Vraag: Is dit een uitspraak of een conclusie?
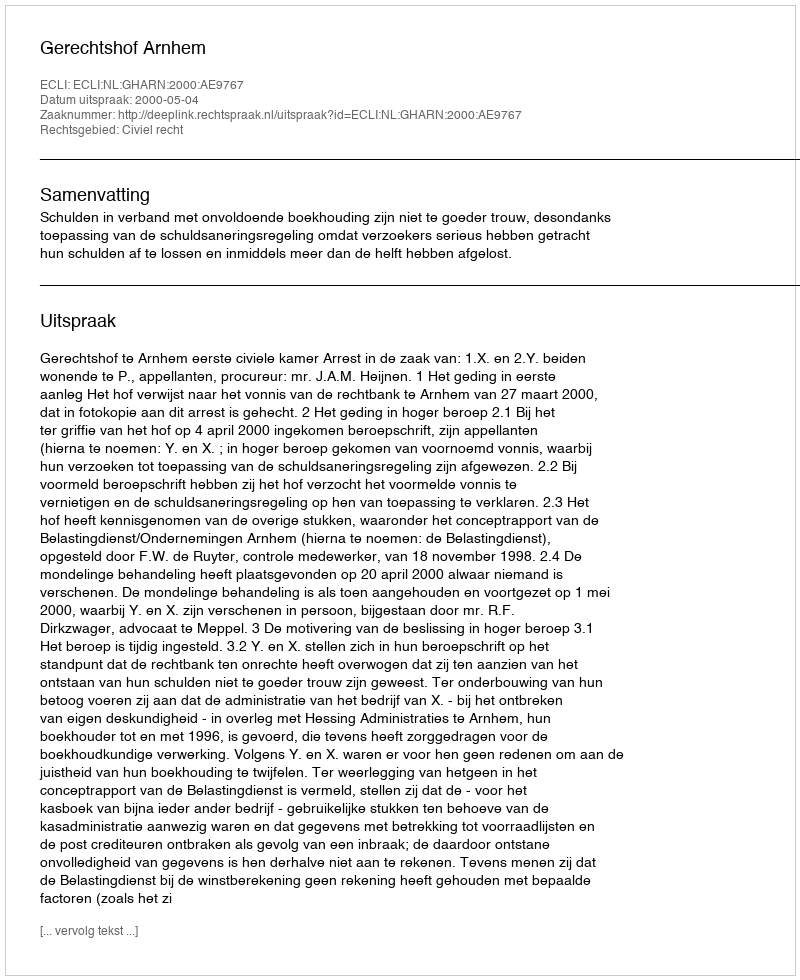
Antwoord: Uitspraak